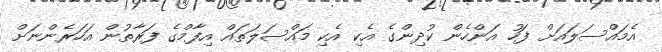
އެމައްސަލައަށް ފަހު އަންހެން ކުދިންގެ އެކި އެކި މައްސަލަތައް އިފާމްގެ ފަރާތުން އަހަރެންނަށް